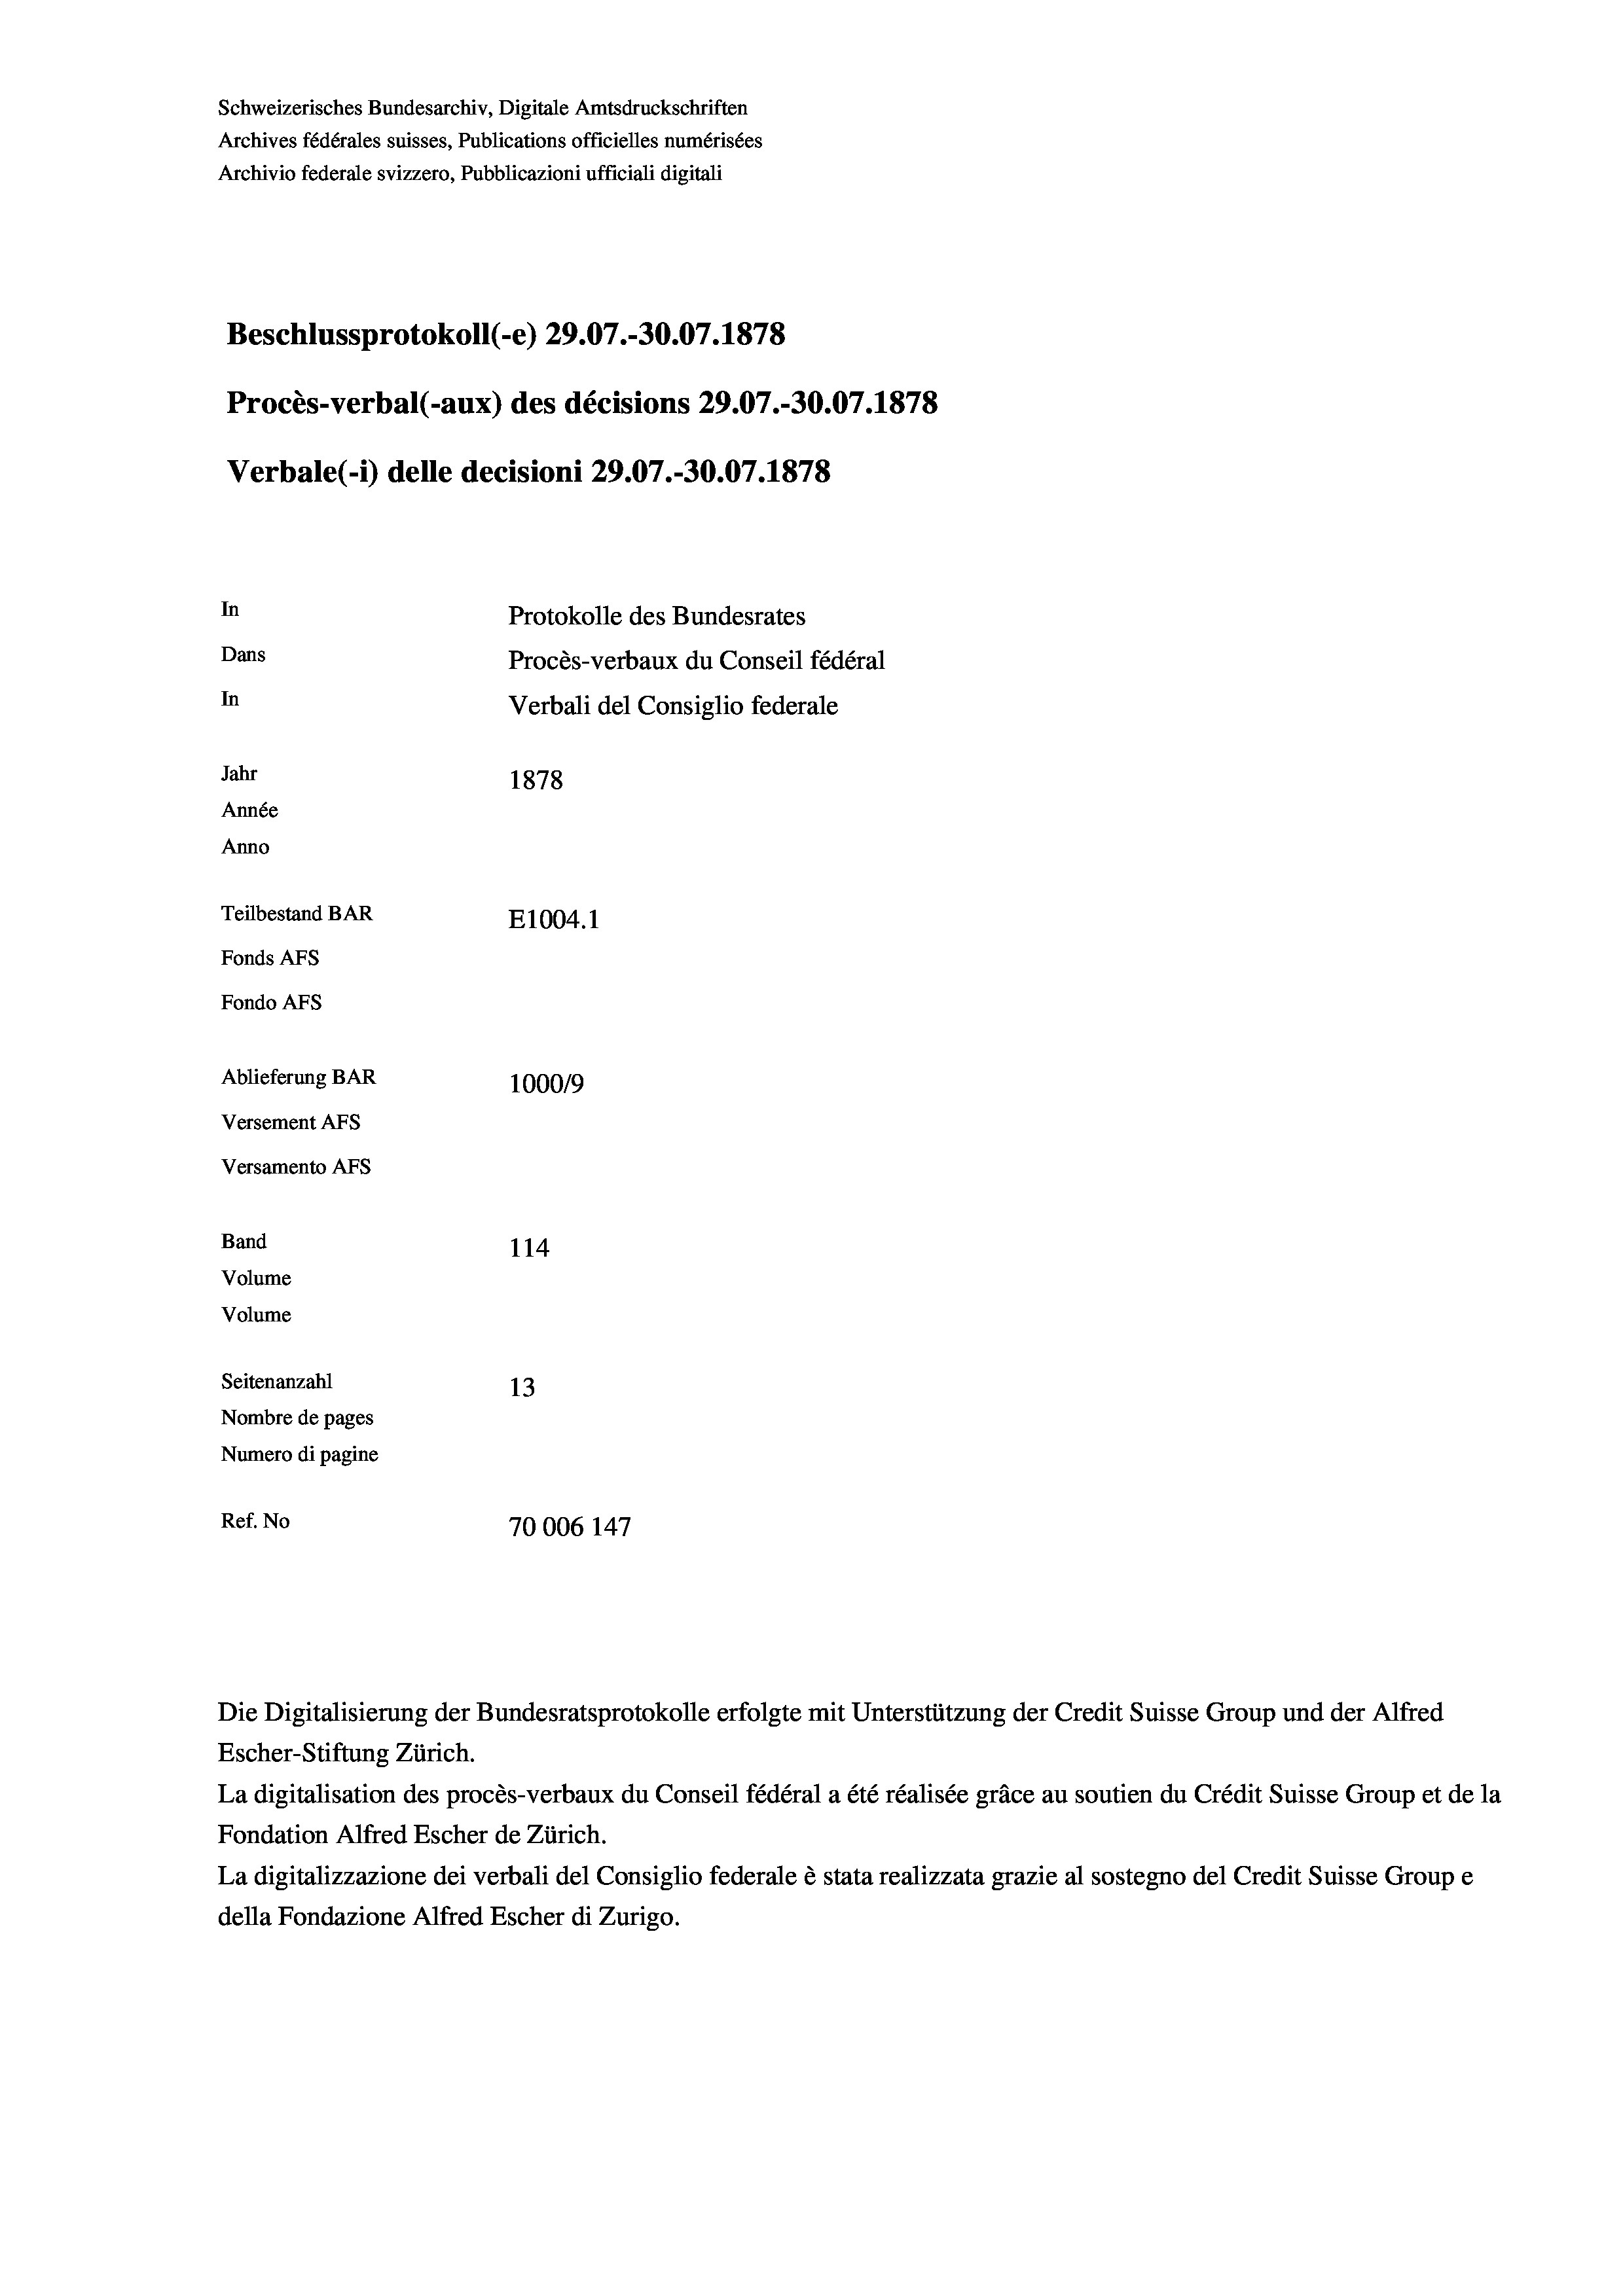
Schweizerisches Bundesarchiv, Digitale Amtsdruckschriften
Archives fédérales suisses, Publications officielles numérisées
Archivio federale svizzero, Pubblicazioni ufficiali digitali
Beschlussprotokoll (-e) 29.07.-30.07. 1878
Procès-verbal (-aux) des décisions 29.07.-30.07. 1878
Verbale (1) delle decisioni 29.07.-30.07. 1878
In
Protokolle des Bundesrates
Dans
Procès-verbaux du Conseil fédéral
In
Verbali del Consiglio federale
Jahr
1878
Année
Anno
Teilbestand BAR
E1004. 1
Fonds AFs
Fondo Afs
Ablieferung BAR
100019
Versement AFs
Versamento Afs
Band
114
Volume
Volume
Seitenanzahl
13
Nombre de pages
Numero di pagine
Ref. No
70006 147

Escher-Stiftung Zürich.
La digitalisation des procès-verbaux du Conseil fédéral a été réalisée gräce au soutien du Crédit Suisse Group et de la
Fondation Alfred Escher de Zürich.
La digitalizzazione dei verbali del Consiglio federale è stata realizzata grazie al sostegno del Credit Suisse Groupe
della Fondazione Alfred Escher di Zurigo.

Die Digitalisierung der Bundesratsprotokolle erfolgte mit Unterstützung der Credit Suisse Group und der Alfred